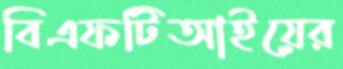
বিএফটিআইয়ের